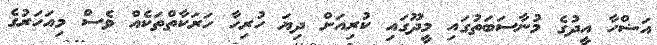
އަޟްހާ އީދުގެ މުނާސަބަތުގައި މީދޫގައި ކުރިއަށް ދިޔަ ހުރިހާ ހަރަކާތްތަކެއް ވެސް މިއަހަރުގެ